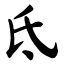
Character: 氐